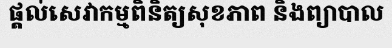
ផ្តល់សេវាកម្មពិនិត្យសុខភាព និងព្យាបាល